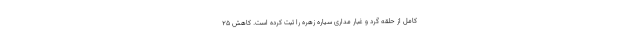
کامل از حلقه گرد و غبار مداری سیاره زهره را ثبت کرده است. کاهش ۲۵